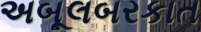
અબૂલબરકાત